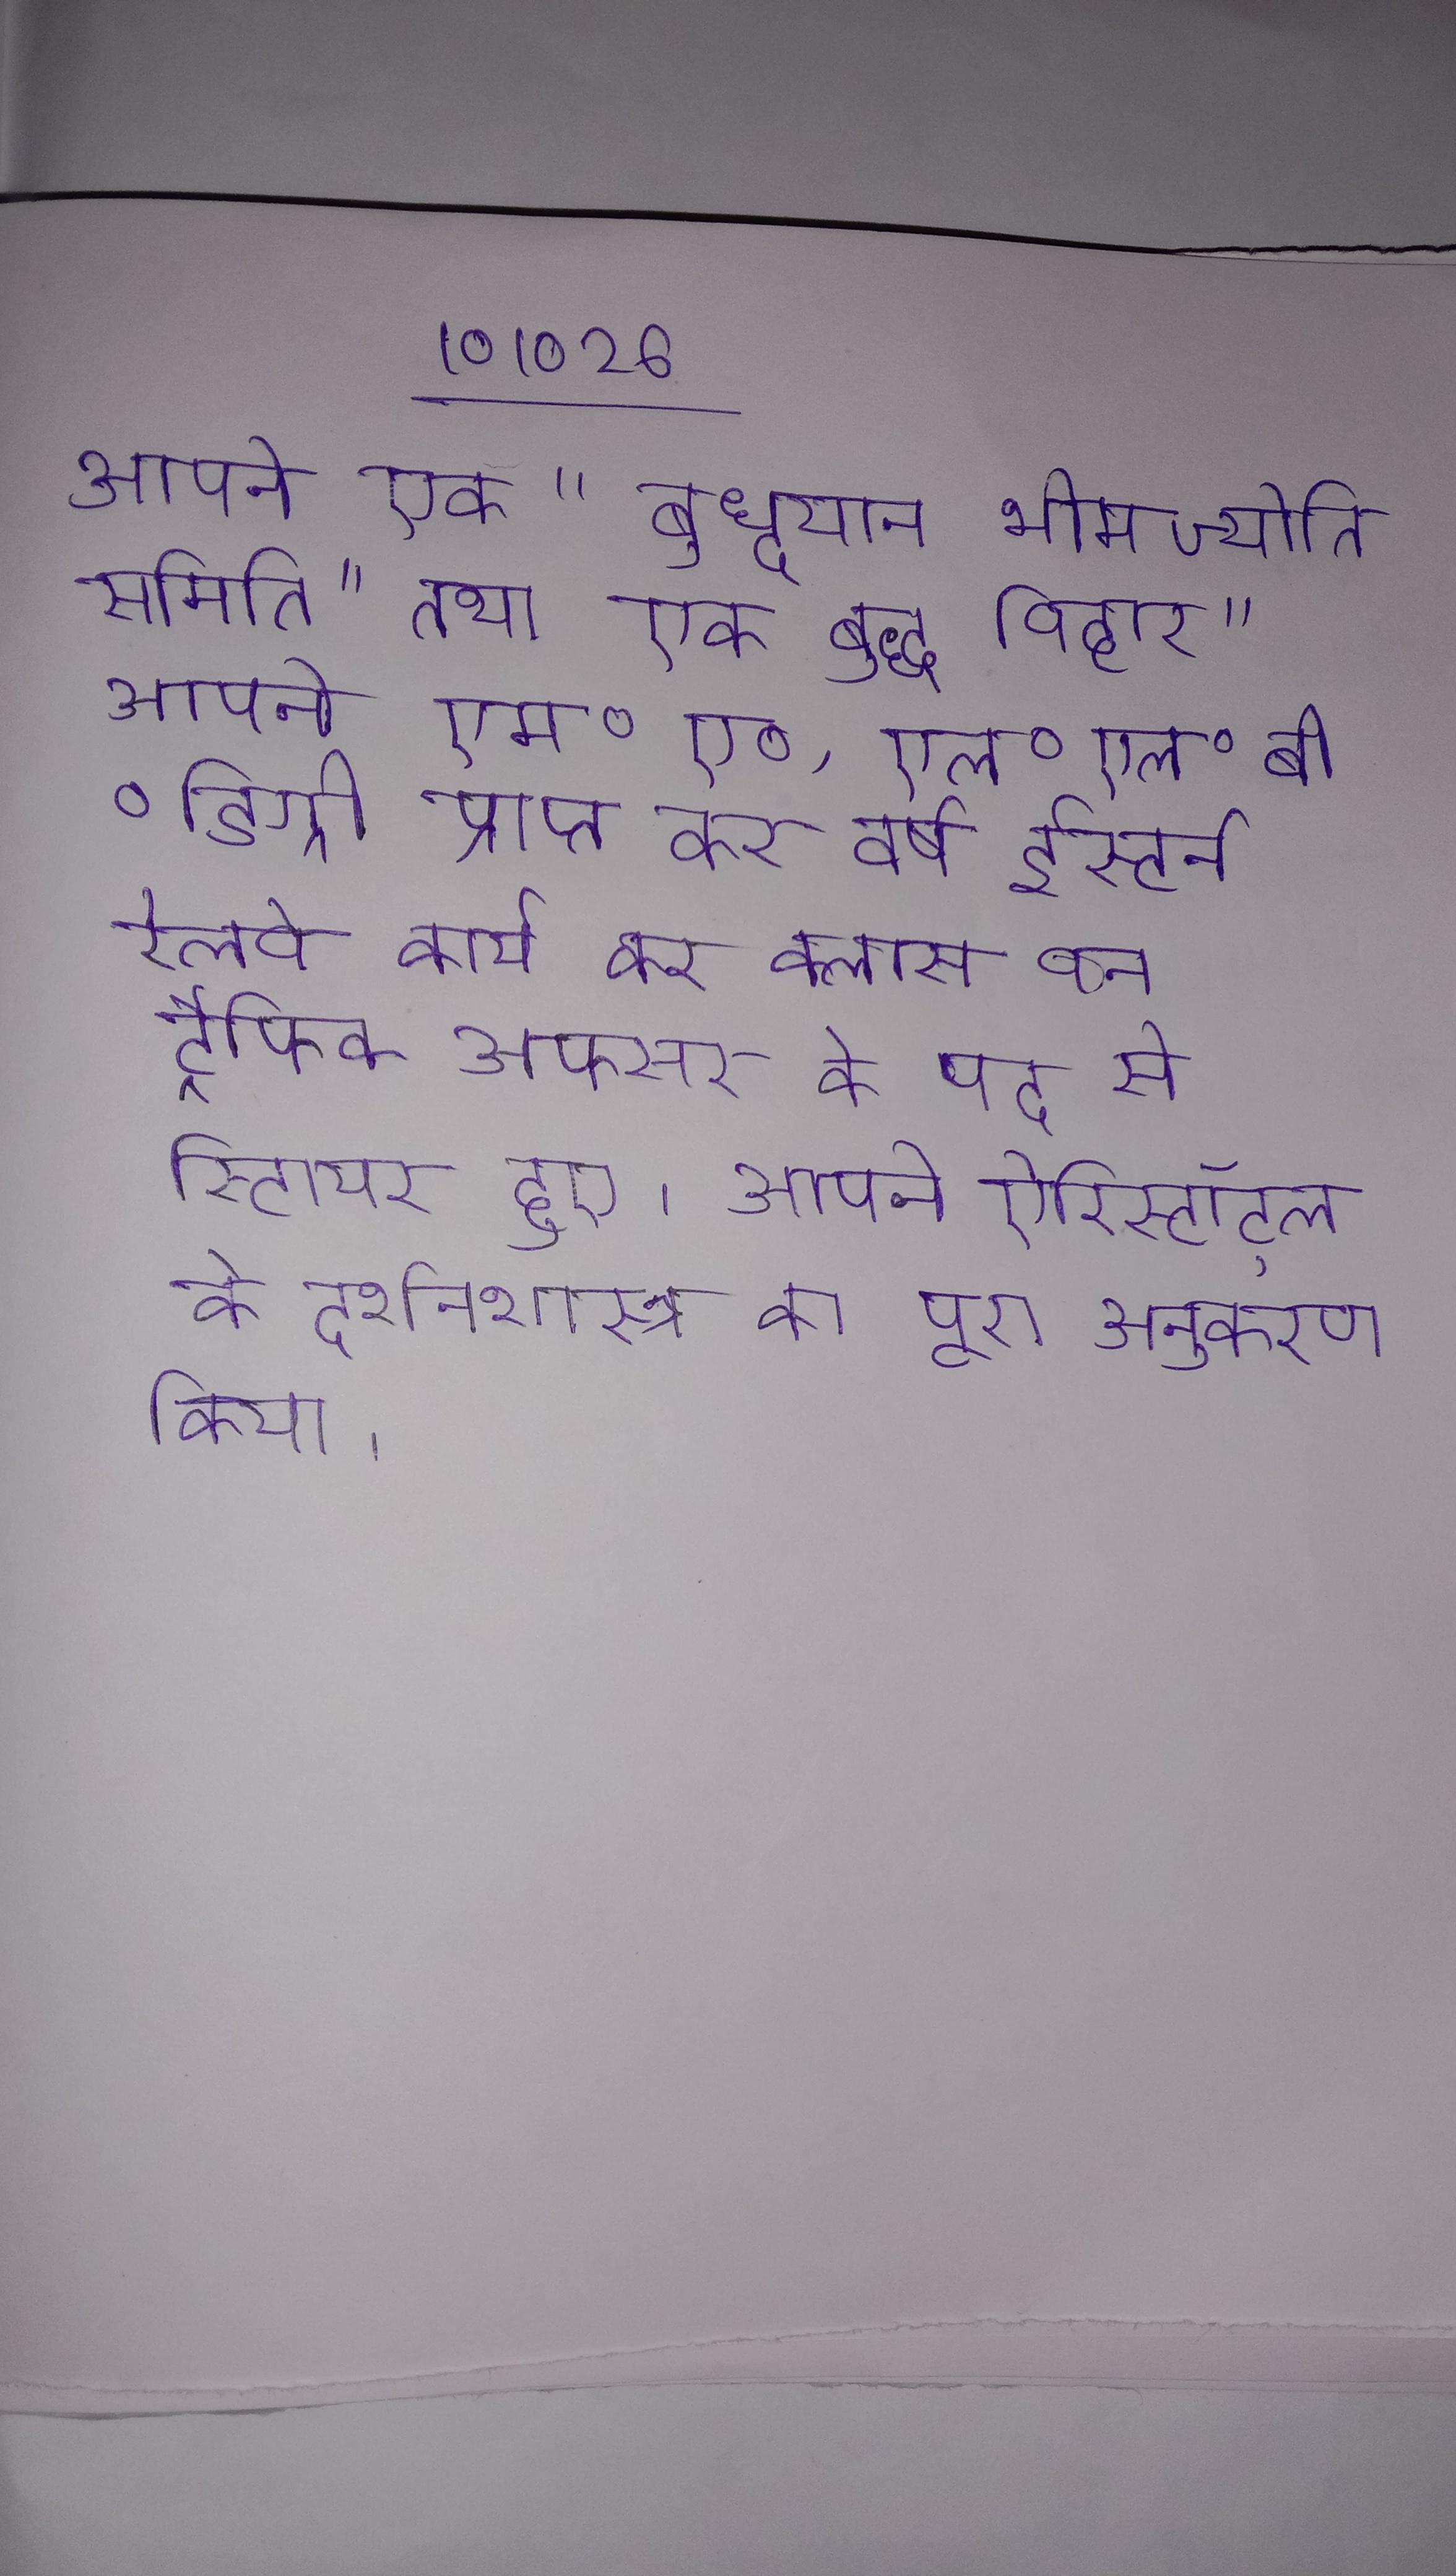
आपने एक "बुध्दयान भीम ज्योति समिति" तथा एक बुद्ध विहार " आपने एम०ए०, एल०एल०बी० डिग्री प्राप्त कर वर्ष ईस्टर्न रेलवे कार्य कर क्लास वन ट्रैफिक अफसर के पद से रिटायर हुए । आपने ऐरिस्टॉट्ल के दर्शनशास्त्र का पूरा अनुकरण किया ।